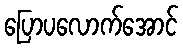
ပြောပလောက်အောင်